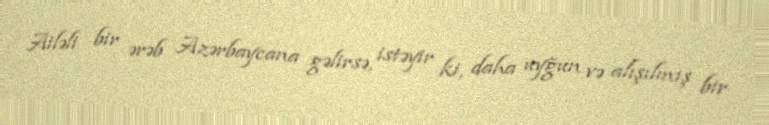
Ailəli bir ərəb Azərbaycana gəlirsə, istəyir ki, daha uyğun və alışılmış bir